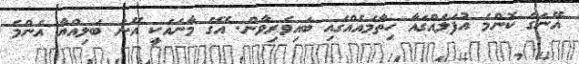
އޭނަގެ ކޮންމެ އުފަލެއްގައާ ހިތާމައެއްގައި ބައިވެރިވާން. އޭގެ މާނައަކީ އޭނަ ބަލިއްޔާ އެންމެ